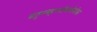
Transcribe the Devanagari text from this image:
कतुरमहरादीकाकैयीका